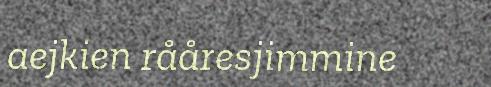
aejkien rååresjimmine